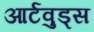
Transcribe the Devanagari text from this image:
आर्टवुड्स